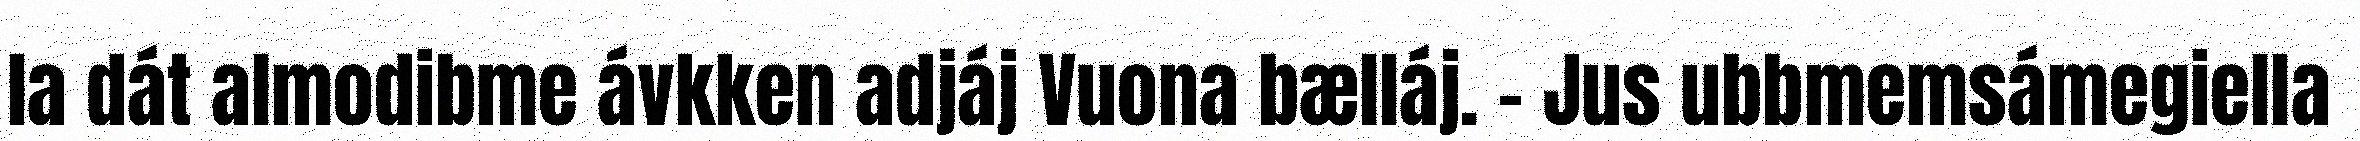
la dát almodibme ávkken adjáj Vuona bælláj. – Jus ubbmemsámegiella